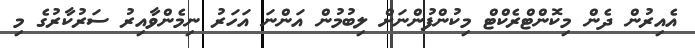
އެއިރުން ދެން މިކޮންޓްރެކްޓް މިކުންފުންނަށް ލިބުމުން އަންނަ އަހަރު ނިމެންވާއިރު ސަރުކާރުގެ މި